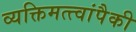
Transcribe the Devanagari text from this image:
व्यक्तिमत्त्वांपैकी